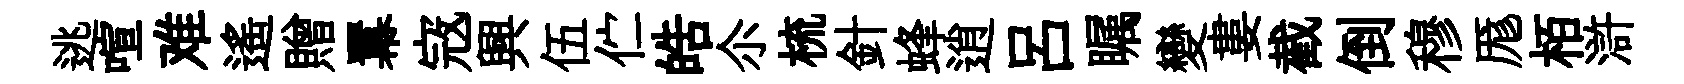
逃喧难遥贈羃𡨥興伍伫皓尒梳針蜂逍吕瞩變婁截倒穆厖栢滸